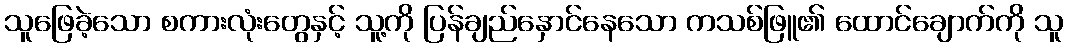
သူဖြေခဲ့သော စကားလုံးတွေနှင့် သူ့ကို ပြန်ချည်နှောင်နေသော ကသစ်ဖြူ၏ ထောင်ချောက်ကို သူ